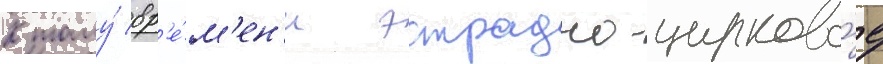
К тому́ вр'е́м'ен'и эстрадно-цирково́е